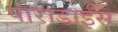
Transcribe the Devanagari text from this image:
पाराडाईस